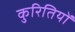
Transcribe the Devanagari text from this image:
कुरितियों